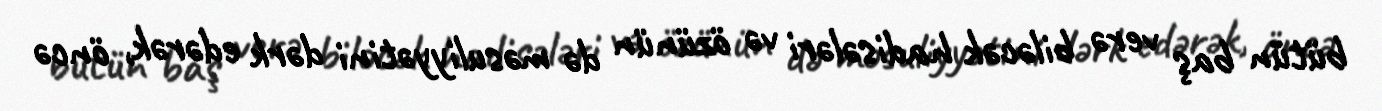
bütün baş verə biləcək hadisələri və özünün də məsuliyyətini dərk edərək, öncə